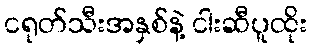
ငရုတ်သီးအနှစ်နဲ့ ငါးဆီပူထိုး